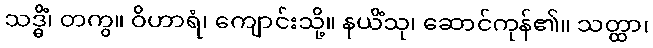
သဒ္ဓိံ၊ တကွ။ ဝိဟာရံ၊ ကျောင်းသို့။ နယိံသု၊ ဆောင်ကုန်၏။ သတ္ထာ၊